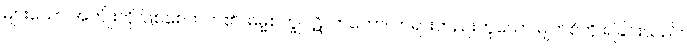
များသော အကျိုးကို ဖြစ်စေတတ်၏။ ဓမ္မစက္ခုပဋိလာဘော၊ တရားတည်းဟူသော မျက်စိကို ရခြင်းသည်။